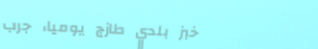
خبز بلدي طازج يومياً، جرب